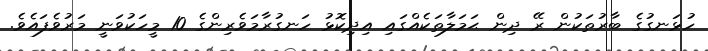
ހުޅަނގުގެ ބާރުތަކުން ރޭ ދިން ޙަމަލާތަކެއްގައި އިދިކޮޅު ހަނގުރާމަވެރިންގެ 10 މީހަކުވަނީ މަރުވެފައެވެ.